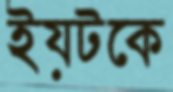
ইয়টকে